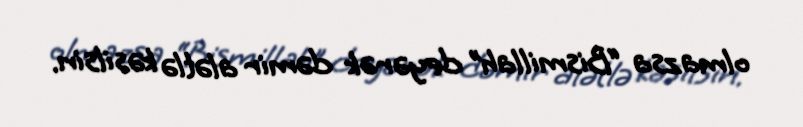
olmazsa “Bismillah” deyərək dəmir alətlə kəsilsin.